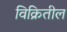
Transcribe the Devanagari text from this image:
विक्रितील